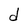
Character: d